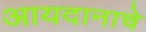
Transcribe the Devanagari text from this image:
आयदानाचे